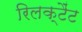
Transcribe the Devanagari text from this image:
रिलक्टैंट